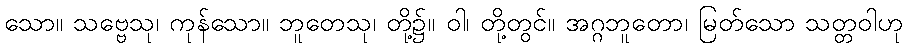
သော။ သဗ္ဗေသု၊ ကုန်သော။ ဘူတေသု၊ တို့၌။ ဝါ၊ တို့တွင်။ အဂ္ဂဘူတော၊ မြတ်သော သတ္တဝါဟု